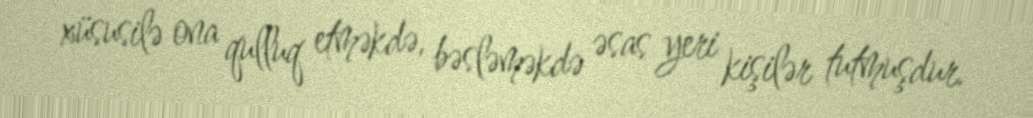
xüsusilə ona qulluq etməkdə, bəsləməkdə əsas yeri kişilər tutmuşdur.